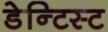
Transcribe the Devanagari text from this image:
डेन्टिस्ट